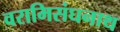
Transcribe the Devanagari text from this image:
वरामिसंघनाथ